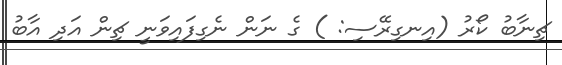
ޗިނާބު ކޯރު (އިނގިރޭސި: ) ގެ ނަން ނެގިފައިވަނީ ޗިން އަދި އާބު